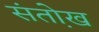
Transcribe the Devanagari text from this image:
संतो़ख